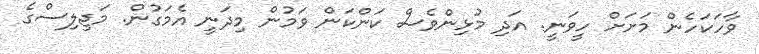
ވާހަކަހެން މަށަށް ހީވަނީ. އަދި މުޅިންވެސް ކަންކަން ވަމުން މިދަނީ އެމަގުން. މަޖިލިސްގެ